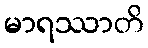
မာရဿာတိ